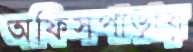
অফিসপাড়ায়